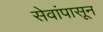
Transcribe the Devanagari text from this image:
सेवांपासून